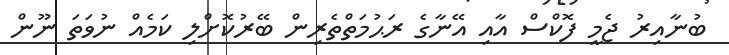
ބުނާއިރު ޖެމީ ފޮކްސް އާއި އޭނާގެ ރަޙުމަތްތެރިން ބޭރުކޮށްލި ކަމެއް ނުވަތަ ނޫން